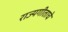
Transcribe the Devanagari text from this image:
राज्यगीताचे